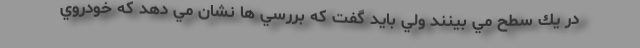
در يك سطح مي بينند ولي بايد گفت كه بررسي ها نشان مي دهد كه خودروي